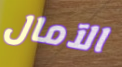
الآمال